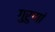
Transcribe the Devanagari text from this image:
गुरुणां